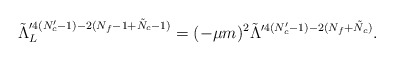
\begin{align*} \tilde{\Lambda}_L^{\prime 4(N_c'-1)-2(N_f-1+\tilde{N}_c-1)} =(-\mu m)^2\tilde{\Lambda}^{\prime 4(N_c'-1)-2(N_f+\tilde{N}_c)}.\end{align*}